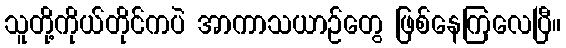
သူတို့ကိုယ်တိုင်ကပဲ အာကာသယာဉ်တွေ ဖြစ်နေကြလေပြီ။